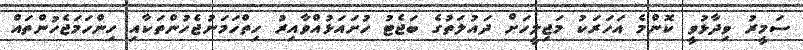
ސަމީރު ވިދާޅުވީ ކޮންމެ އަހަރަކު މަޖިލީހަށް ދައުލަތުގެ ބަޖެޓު ހުށައަޅުއްވާއިރު ހިތްހަަމަނުޖެހުންތަކާއި ހިންހަމަޖެހުންތައް